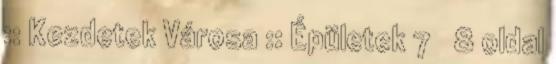
:: Kezdetek Városa :: Épületek 7 8 oldal